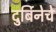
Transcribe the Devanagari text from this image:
दुर्बिनेचे